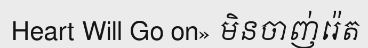
Heart Will Go on» មិនចាញ់រ៉េត